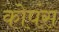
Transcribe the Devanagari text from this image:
कोपंस